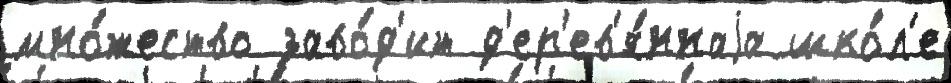
мно́жество заво́д'ит д'ер'ев'я́ннаjа шко́л'е